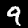
Label: 9